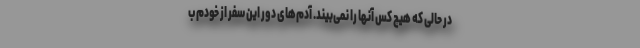
در حالی که هیچ کس آنها را نمی‌بیند. آدم‌های دور این سفر از خودم ب